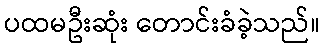
ပထမဦးဆုံး တောင်းခံခဲ့သည်။